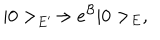
| 0 > _ { E ^ { \prime } } \rightarrow e ^ { \cal B } | 0 > _ { E } ,